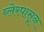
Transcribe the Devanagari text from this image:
ब्लेरपासून